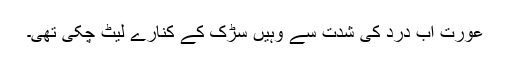
عورت اب درد کی شدت سے وہیں سڑک کے کنارے لیٹ چکی تھی۔